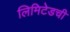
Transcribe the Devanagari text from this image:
लिमिटेडची